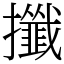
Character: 攕